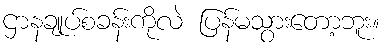
ဌာနချုပ်စခန်းကိုလဲ ပြန်မသွားတော့ဘူး။